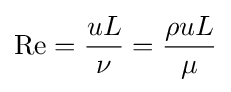
\mathrm {Re} ={\frac {uL}{\nu }}={\frac {\rho uL}{\mu }}